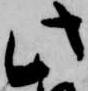
此